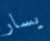
يسار